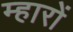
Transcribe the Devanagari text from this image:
म्हारों